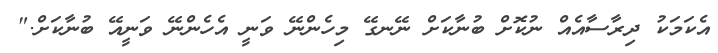
އެކަމަކު ދިރާސާއެއް ނުކޮށް ބުނާކަށް ނޭނގޭ މިހެންނޭ ވަނީ އެހެންނޭ ވަނީއޭ ބުނާކަށް."